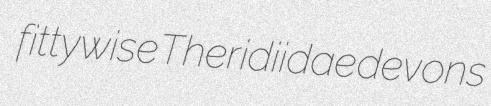
fittywise Theridiidae devons